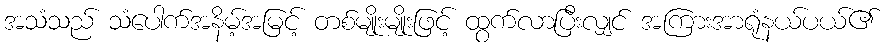
အသံသည် သံပေါက်အနိမ့်အမြင့် တစ်မျိုးမျိုးဖြင့် ထွက်လာပြီးလျှင် အကြားအာရုံနယ်ပယ်၏